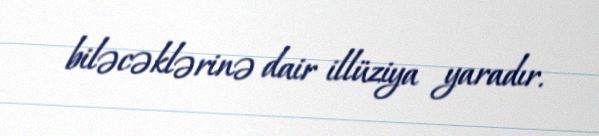
biləcəklərinə dair illüziya yaradır.